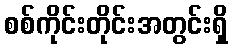
စစ်ကိုင်းတိုင်းအတွင်းရှိ